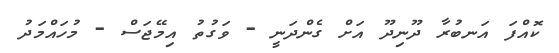
ކޮއްފަ އަނބުރާ ދޫނިދޫ އަށް ގެންދަނީ - ވަގުތު އިމޭޖަސް - މުހައްމަދު